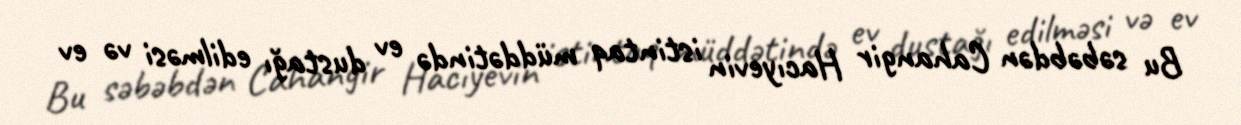
Bu səbəbdən Cahangir Hacıyevin istintaq müddətində ev dustağı edilməsi və ev